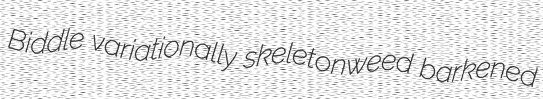
Biddle variationally skeletonweed barkened